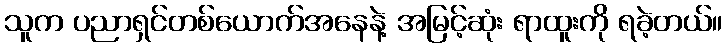
သူက ပညာရှင်တစ်ယောက်အနေနဲ့ အမြင့်ဆုံး ရာထူးကို ရခဲ့တယ်။